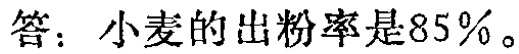
答：小麦的出粉率是85%。